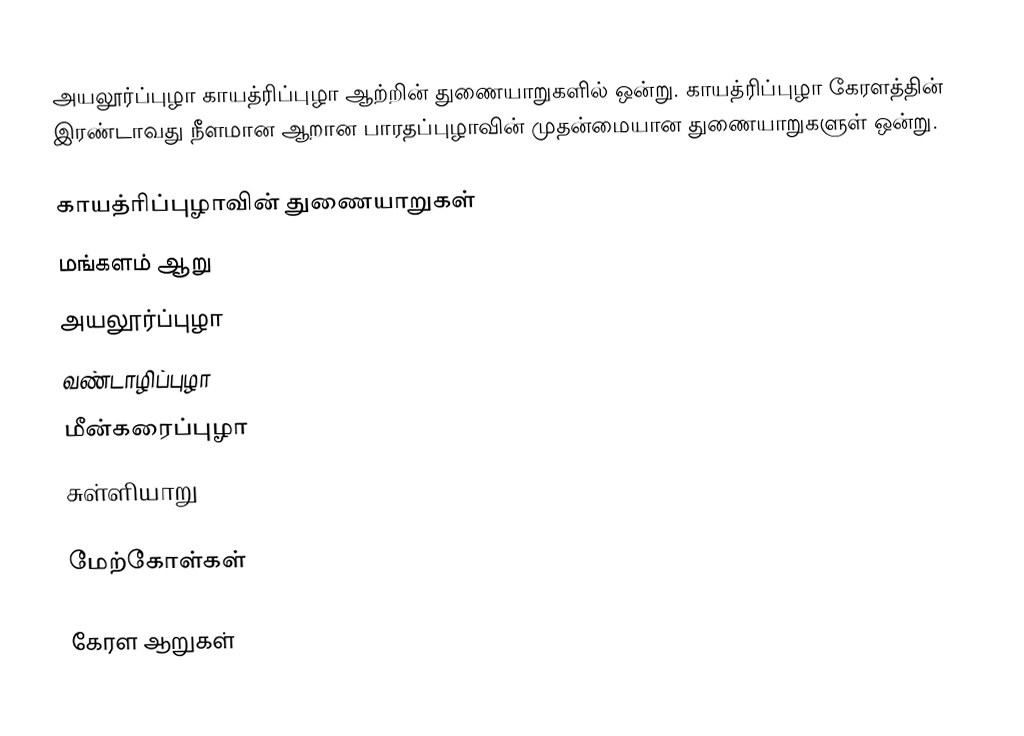
அயலூர்ப்புழா காயத்ரிப்புழா ஆற்றின் துணையாறுகளில் ஒன்று. காயத்ரிப்புழா கேரளத்தின் இரண்டாவது நீளமான ஆறான பாரதப்புழாவின் முதன்மையான துணையாறுகளுள் ஒன்று.

காயத்ரிப்புழாவின் துணையாறுகள்
 மங்களம் ஆறு
 அயலூர்ப்புழா
 வண்டாழிப்புழா
 மீன்கரைப்புழா
 சுள்ளியாறு

மேற்கோள்கள்

கேரள ஆறுகள்